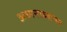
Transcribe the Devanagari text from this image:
अध्यनाध्यापन